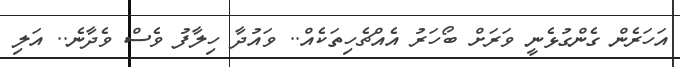
އަހަރެން ގެންގުޅެނީ ވަރަށް ބޯހަރު އެއްޗެހިތަކެއް.. ވައުދާ ހިލާފު ވެސް ވެދާނެ.. އަލި